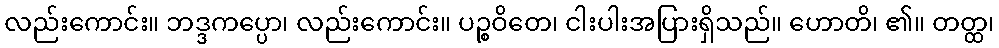
လည်းကောင်း။ ဘဒ္ဒကပ္ပော၊ လည်းကောင်း။ ပဉ္စဝိတေ၊ ငါးပါးအပြားရှိသည်။ ဟောတိ၊ ၏။ တတ္ထ၊